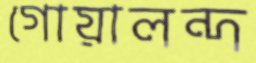
গোয়ালন্দ